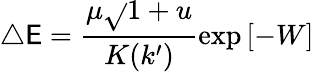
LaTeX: \triangle\mathsf{E}=\frac{{\mu\sqrt{}{{1+u}}}}{{K(k^{\prime})}}\exp{[-W]}